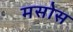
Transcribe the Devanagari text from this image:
मसोस